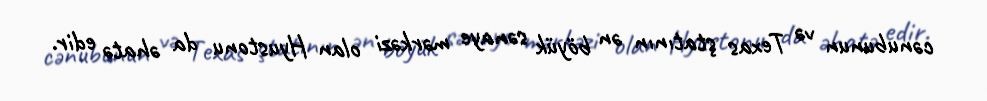
cənubunun və Texas ştatının ən böyük sənaye mərkəzi olan Hyustonu da əhatə edir.